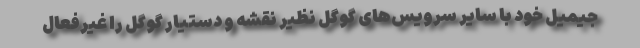
جیمیل خود با سایر سرویس‌های گوگل نظیر نقشه و دستیار گوگل را غیرفعال